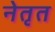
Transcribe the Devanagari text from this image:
नेतृत